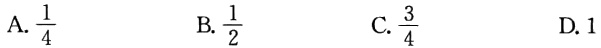
A.$\frac{1}{4}$
B.$\frac{1}{2}$
C.$\frac{3}{4}$
D.$1$